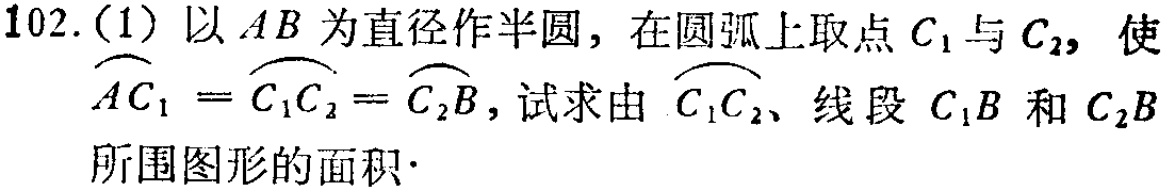
102.(1) 以 \(AB\) 为直径作半圆，在圆弧上取点 \(C_1\) 与 \(C_2\)，使 \(\overset{\frown}{AC_1}=\overset{\frown}{C_1C_2}=\overset{\frown}{C_2B}\)，试求由 \(\overset{\frown}{C_1C_2}\)、线段 \(C_1B\) 和 \(C_2B\) 所围图形的面积.